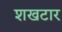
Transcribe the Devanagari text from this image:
शखटार